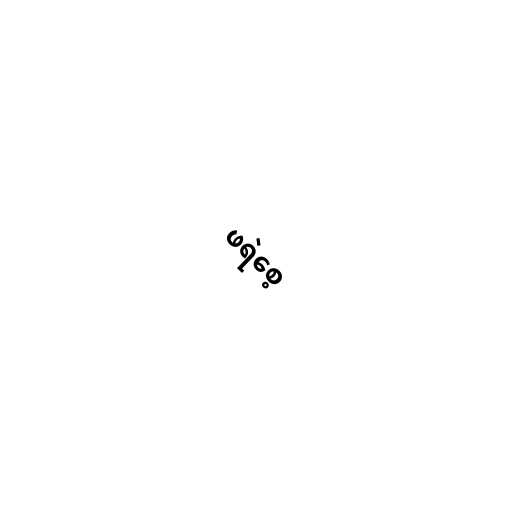
ဖရဲစေ့